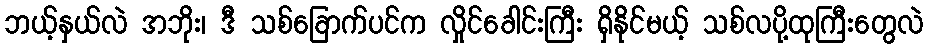
ဘယ့်နှယ်လဲ အဘိုး၊ ဒီ သစ်ခြောက်ပင်က လှိုင်ခေါင်းကြီး ရှိနိုင်မယ့် သစ်လပို့ထုကြီးတွေလဲ